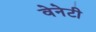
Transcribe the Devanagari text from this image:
वेनेटी